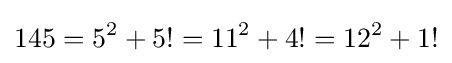
145=5^{2}+5!=11^{2}+4!=12^{2}+1!